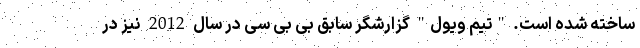
ساخته شده است. "تیم ویول" گزارشگر سابق بی‌ بی سی در سال 2012 نیز در